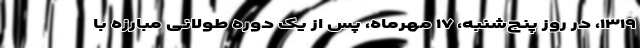
۱۳۱۹، در روز پنج‌شنبه، ۱۷ مهرماه، پس از یک دوره طولانی مبارزه با